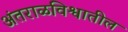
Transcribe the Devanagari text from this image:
अंतराळविश्वातील